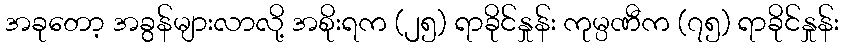
အခုတော့ အခွန်များလာလို့ အစိုးရက (၂၅) ရာခိုင်နှုန်း ကုမ္ပဏီက (၇၅) ရာခိုင်နှုန်း